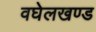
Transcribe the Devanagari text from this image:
वघेलखण्ड